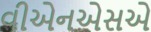
વીએનએસએ